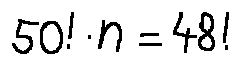
5 0 ! \cdot n = 4 8 !